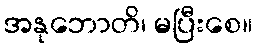
အနုဘောတိ၊ မပြီးစေ။